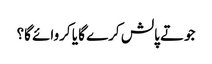
جوتے پالش کرے گا یا کروائے گا؟